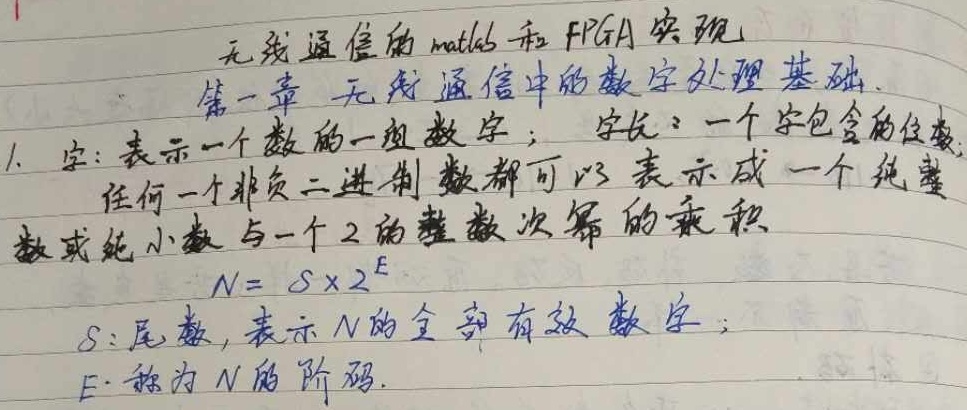
《无线通信的Matlab和FPGA实现》第一章 无线通信中的数字处理基础

1. 字：表示一个数的一组数字；字长：一个字包含的位数。任何一个非负二进制数都可以表示成一个纯整数或纯小数与一个2的整数次幂的乘积

\[N = S\times 2^{E}\]

\(S\)：尾数，表示\(N\)的全部有效数字；\(E\)：称为\(N\)的阶码。